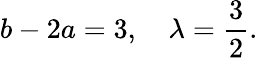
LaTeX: b-2a=3,\quad\lambda=\frac{3}{2}.